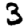
Digit: 3